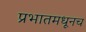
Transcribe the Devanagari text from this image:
प्रभातमधूनच